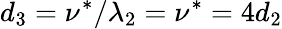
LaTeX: d_{3}=\nu^{*}/\lambda_{2}=\nu^{*}=4d_{2}